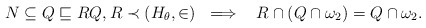
\begin{align*}N \subseteq Q \sqsubseteq R Q,R \prec (H_\theta,\in) \ \implies \ \ R \cap (Q \cap \omega_2) = Q \cap \omega_2.\end{align*}